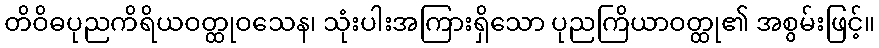
တိဝိဓပုညကိရိယဝတ္ထုဝသေန၊ သုံးပါးအကြားရှိသော ပုညကြိယာဝတ္ထု၏ အစွမ်းဖြင့်။